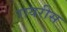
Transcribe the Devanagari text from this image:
रायरीस